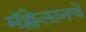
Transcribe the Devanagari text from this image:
मॅक्लेलानचे